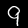
Digit: 9